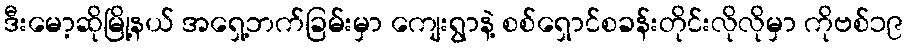
ဒီးမော့ဆိုမြို့နယ် အရှေ့ဘက်ခြမ်းမှာ ကျေးရွာနဲ့ စစ်ရှောင်စခန်းတိုင်းလိုလိုမှာ ကိုဗစ်၁၉